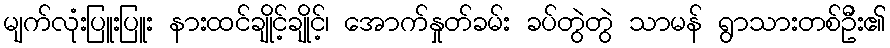
မျက်လုံးပြူးပြူး နားထင်ချိုင့်ချိုင့်၊ အောက်နှုတ်ခမ်း ခပ်တွဲတွဲ သာမန် ရွာသားတစ်ဦး၏